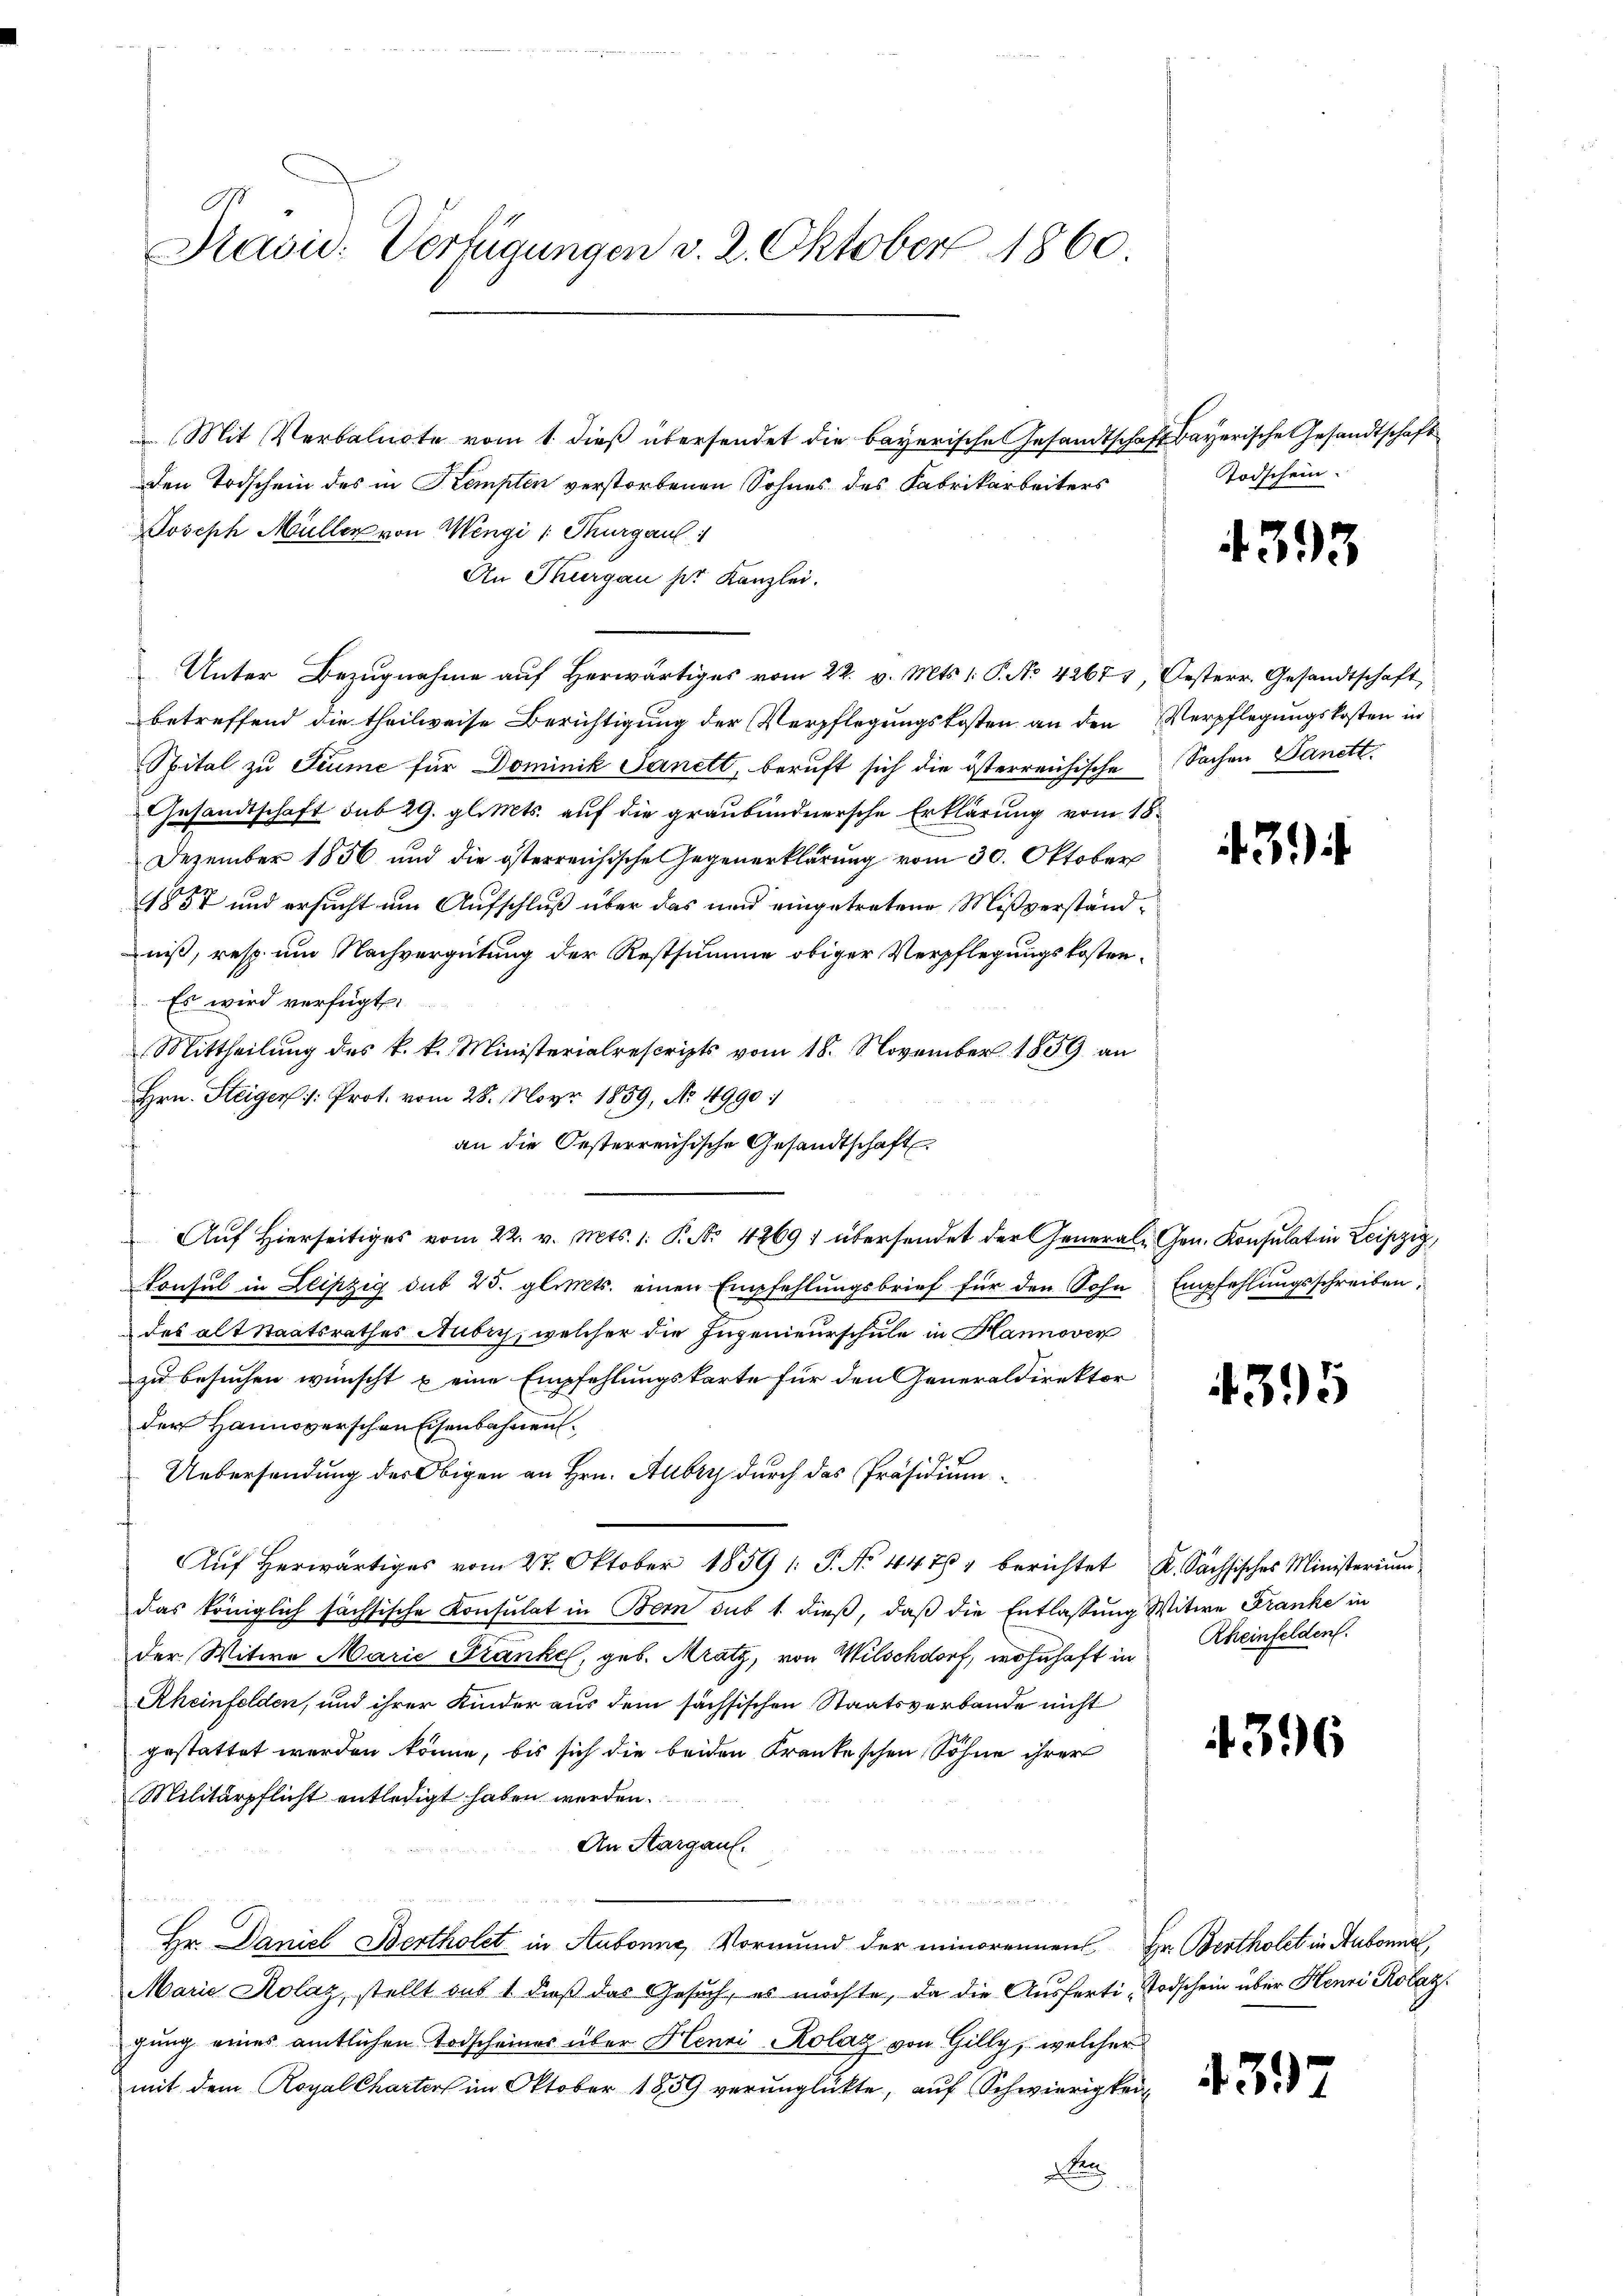
Havid. Verfügungen v. 2. Oktober 1860

Mit Verbalnote vom 1. dieß übersendet die bayerische Gesandtschaft Bayerische Gesandtschaft
den Todschein des in Kempten verstorbenen Sohnes des Fabrikarbeiters
Joseph Müller von Wengi : Thurgau
An Thurgau her Kanzlei.
Unter Bezugnahme aŭf herwärtiges vom 22. v. Mts. 1. P. No 42674, Oesterr. Gesandtschaft
betreffend die theilweise Berichtigung der Verpflegungskosten an den Verpflegungskosten in
Spital zu Fiume für Dominik Sanett, beruft sich die österreichische Sachen Sanett.
Gesandtschaft sub 29. gl. Mts. auf die graubündnersche Erklärung vom 18.
Dezember 1856 und die österreichische Gegenerklärung vom 30. Oktober
1857 und ersucht um Aufschluß über das und eingetretene Mißverständniß, resp. um Nachvergütung der Restsumme obiger Verpflegungskosten¬
Es wird verfügt:
Mittheilung des k. k. Ministerialrescripts vom 18. November 1859 an
Hrn. Steiger /: Prot. vom 28. Mayr 1859, No 4990:
t
an die Oesterreichische Gesandtschaft
Aŭf Hierseitiges vom 22. v. Mts. 1. P. Nr. 42691 übersendet der Generale Gen. Konsulatin Leipzig,
Konsul in Leipzig sub 25. glimts. einen Empfehlungsbrief für den Sohn Empfehlungsschreiben,
des alt Staatsrathes Aubry, welcher die Ingenieurschule in Hannover
zu besuchen wünscht u eine Empfehlungskarte für den Generaldirektor
der Hannoverschen Eisenbahnen.
Uebersendung des Obigen an Hrn. Aubry durch das Präsidium¬
Auf herwärtiges vom 27. Oktober 1859 1 S. No 447, berichtet K. Sachsisches Ministerium
das königlich sächtische Konsulat in Bern sub 1. dieß, daß die Entlassung Witwe Franke in
der Witwe Marie Franke, geb. Kratz, von Wilschdorf, wohnhaft in
Rheinfelden, und ihrer Kinder aus dem sächsischen Staatsverbande nicht
gestattet werden könne, bis sich die beiden Krankeschen Söhne ihrer
Militärpflicht entledigt haben werden.
An Aargau.
Hr. Daniel Bertholet in Aubonne, Vormund der minorennen Hr. Bertholet in Aubonne,
Marie Kolaz, stellt aus 1, daß das Gesuch, es möchte, da die Ausferti, Todschein über Henri Rolaz.
gung eines amtlichen Todscheines über Henri-Kolaz von Gilly, welcher
mit dem Royal Charter im Oktober 1859 verunglückte, auf Schwierigkeit
Pra
.

Todschein

4393

39

4395

Rheinfelden.

4396

4317